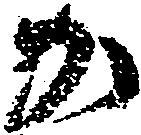
か